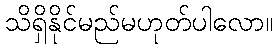
သိရှိနိုင်မည်မဟုတ်ပါလော။